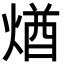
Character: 煪